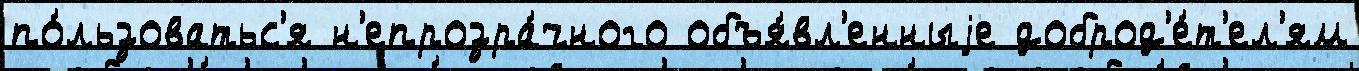
по́льзоватьс'я н'епрозра́чного объя́вл'енныjе доброд'е́т'ел'ям